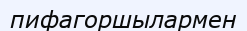
пифагоршылармен